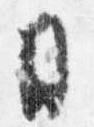
日